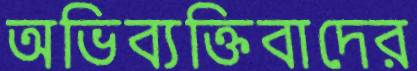
অভিব্যক্তিবাদের